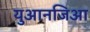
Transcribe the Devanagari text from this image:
युआनजिआ